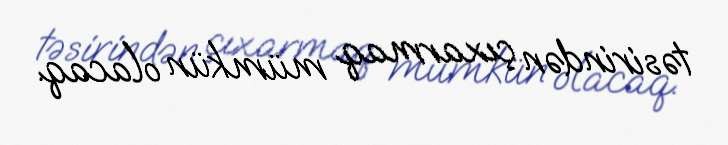
təsirindən çıxarmaq mümkün olacaq.